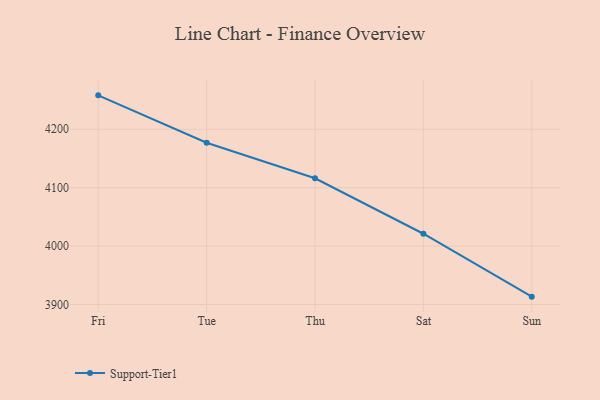
{"axis": {"x": "Day", "y": "LTV (USD)"}, "legend": ["Support-Tier1"], "data": [{"x": "Fri", "y": 4258.0, "type": "Support-Tier1"}, {"x": "Tue", "y": 4176.8, "type": "Support-Tier1"}, {"x": "Thu", "y": 4116.1, "type": "Support-Tier1"}, {"x": "Sat", "y": 4021.1, "type": "Support-Tier1"}, {"x": "Sun", "y": 3913.4, "type": "Support-Tier1"}]}